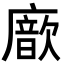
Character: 𢋆